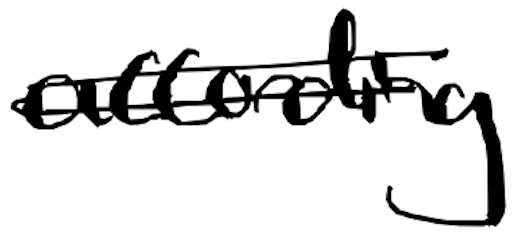
Text: according
Cross-out: double-line
Writing tool: digital_black